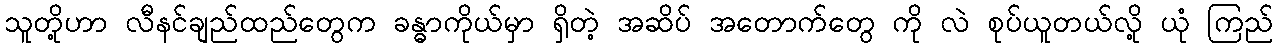
သူတို့ဟာ လီနင်ချည်ထည်တွေက ခန္ဓာကိုယ်မှာ ရှိတဲ့ အဆိပ် အတောက်တွေ ကို လဲ စုပ်ယူတယ်လို့ ယုံ ကြည်